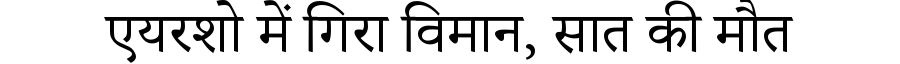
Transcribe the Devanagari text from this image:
एयरशो में गिरा विमान, सात की मौत